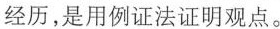
经历，是用例证法证明观点。